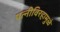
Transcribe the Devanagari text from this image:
पत्‍नीविरहामुळे